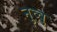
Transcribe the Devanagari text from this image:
नुव्वु